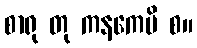
စာရု တု ကနကေပိ စ။